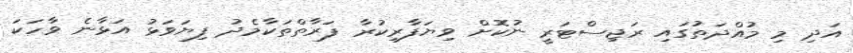
އަދި މި މުއްދަތުގައި ރަޖިސްޓަރީ ނުކޮށް ވިޔަފާރިކުރާ ފަރާތްތަކާމެދު ފިޔަވަޅު އަޅާނެ ވާހަކަ